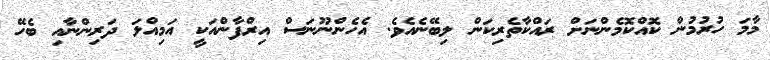
މާމަ ހުރުމުން ކޮއްކޮމެންނަށް ރައްކާތެރިކަން ލިބޭނެއެވެ. އެހެންނޫނަސް އިރްފާންއަކީ އަމިއްލަ ދަރިންނާއި ބެހޭ